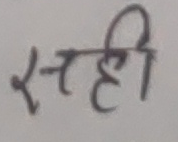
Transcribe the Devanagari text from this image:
सही